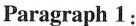
Paragraph 1: